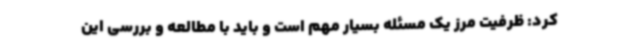
کرد: ظرفیت مرز یک مسئله بسیار مهم است و باید با مطالعه و بررسی این